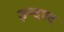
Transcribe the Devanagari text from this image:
इन्द्रपद